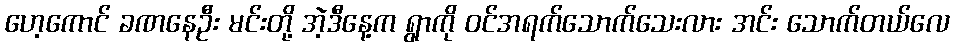
ဟေ့ကောင် ခဏနေဦး မင်းတို့ အဲ့ဒီနေ့က ရွာကို ဝင်အရက်သောက်သေးလား အင်း သောက်တယ်လေ